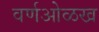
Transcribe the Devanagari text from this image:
वर्णओळख